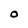
Character: O